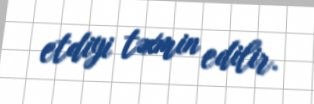
etdiyi təxmin edilir.